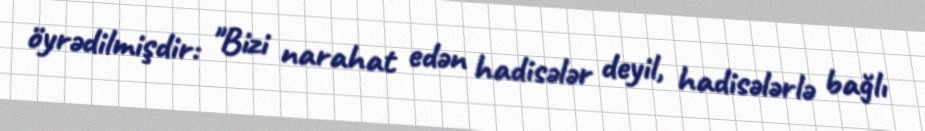
öyrədilmişdir: "Bizi narahat edən hadisələr deyil, hadisələrlə bağlı